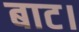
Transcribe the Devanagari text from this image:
बाट।